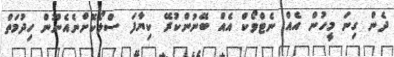
ދެން ގިނަ މީހުން އެއް ނެޓްވޯކް އެއް ބޭނުންކުރޭ ކިޔާފަ ސްލޯކޮށްނެއެނޫން ހިދުމަތް